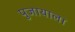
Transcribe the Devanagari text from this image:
पुजायाला